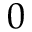
0